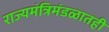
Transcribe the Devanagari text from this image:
राज्यमंत्रिमंडळातही